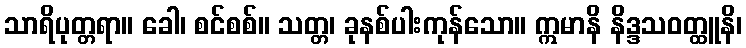
သာရိပုတ္တရာ။ ခေါ၊ စင်စစ်။ သတ္တ၊ ခုနစ်ပါးကုန်သော။ ဣမာနိ နိဒ္ဒသဝတ္ထူနိ၊